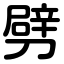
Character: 劈